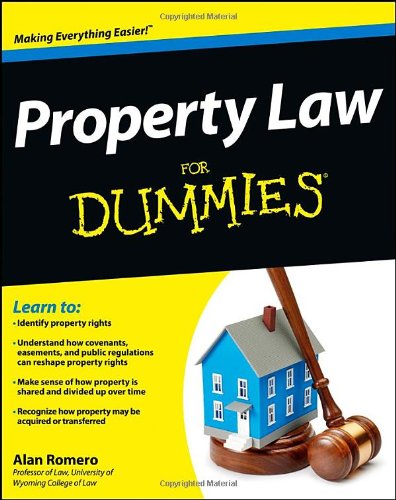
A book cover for Property Law For Dummies; Alan R. Romero; Law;